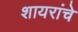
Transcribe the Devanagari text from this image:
शायरांचे